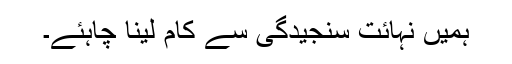
ہمیں نہائت سنجیدگی سے کام لینا چاہئے۔